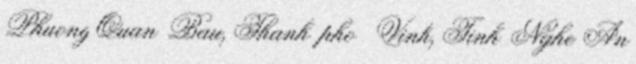
Phuong Quan Bau, Thanh pho Vinh, Tinh Nghe An